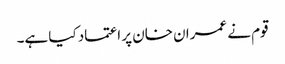
قوم نے عمران خان پر اعتماد کیا ہے۔